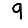
Digit: 9